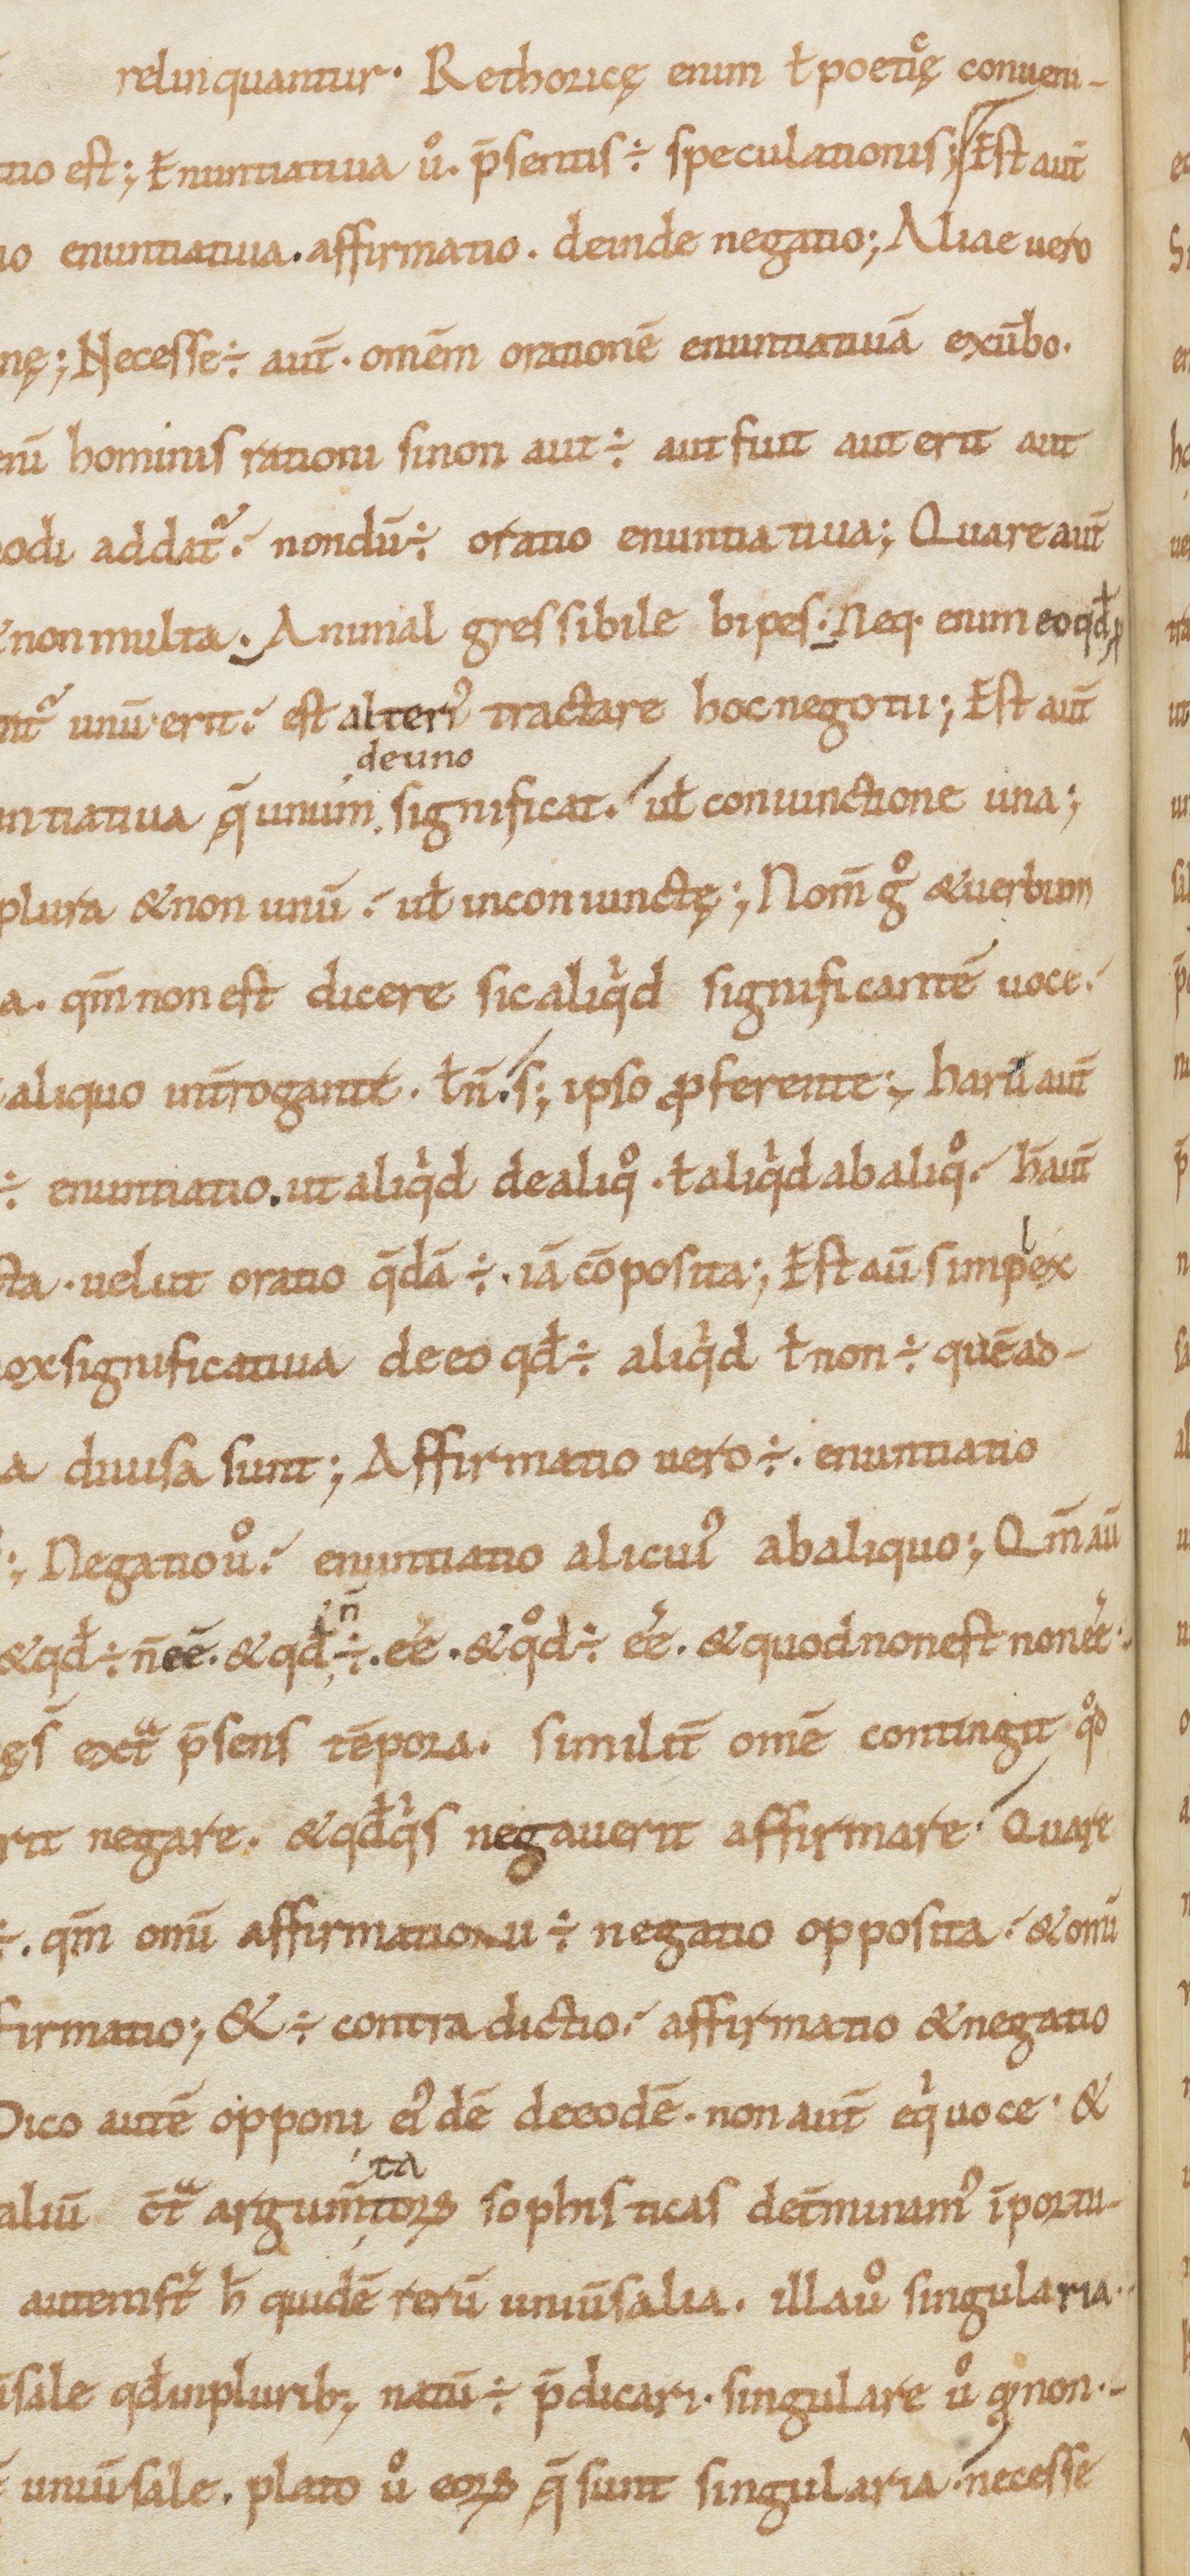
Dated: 1000–1199